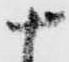
十